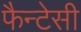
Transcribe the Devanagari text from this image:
फैन्टेसी